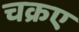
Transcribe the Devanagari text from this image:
चक्रए